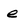
Character: e